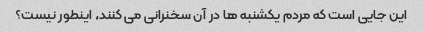
این جایی است که مردم یکشنبه ها در آن سخنرانی می کنند، اینطور نیست؟